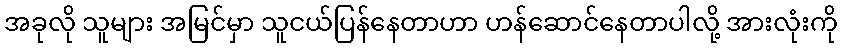
အခုလို သူများ အမြင်မှာ သူငယ်ပြန်နေတာဟာ ဟန်ဆောင်နေတာပါလို့ အားလုံးကို